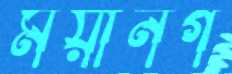
ময়ানগ